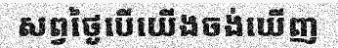
សព្វថ្ងៃបើយើងចង់ឃើញ